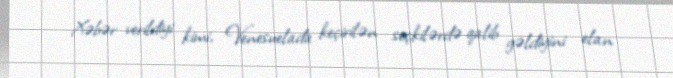
Xəbər verildiyi kimi, Venesuelada keçirilən seçkilərdə qalib gəldiyini elan